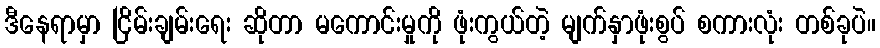
ဒီနေရာမှာ ငြိမ်းချမ်းရေး ဆိုတာ မကောင်းမှုကို ဖုံးကွယ်တဲ့ မျက်နှာဖုံးစွပ် စကားလုံး တစ်ခုပဲ။